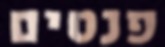
פנטים